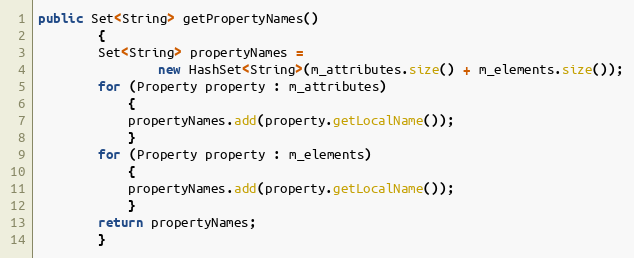
Language: Java
public Set<String> getPropertyNames()
        {
        Set<String> propertyNames =
                new HashSet<String>(m_attributes.size() + m_elements.size());
        for (Property property : m_attributes)
            {
            propertyNames.add(property.getLocalName());
            }
        for (Property property : m_elements)
            {
            propertyNames.add(property.getLocalName());
            }
        return propertyNames;
        }